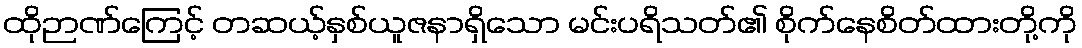
ထိုဉာဏ်ကြေင့် တဆယ့်နှစ်ယူဇနာရှိသော မင်းပရိသတ်၏ စိုက်နေစိတ်ထားတို့ကို